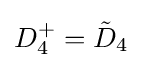
D_{4}^{+}={\tilde {D}}_{4}